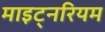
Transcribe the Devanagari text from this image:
माइट्नरियम